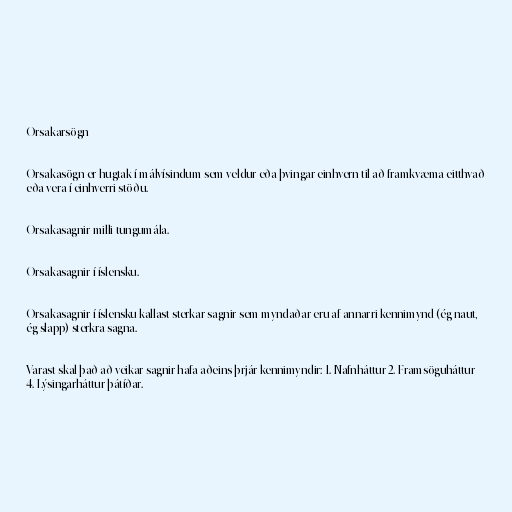
Orsakarsögn

Orsakasögn er hugtak í málvísindum sem veldur eða þvingar einhvern til að framkvæma eitthvað
eða vera í einhverri stöðu.

Orsakasagnir milli tungumála.

Orsakasagnir í íslensku.

Orsakasagnir í íslensku kallast sterkar sagnir sem myndaðar eru af annarri kennimynd (ég naut,
ég slapp) sterkra sagna.

Varast skal það að veikar sagnir hafa aðeins þrjár kennimyndir: 1. Nafnháttur 2. Framsöguháttur
4. Lýsingarháttur þátíðar.